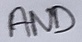
Text: AND